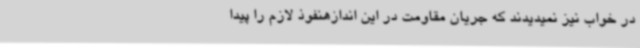
در خواب نیز نمیدیدند که جریان مقاومت در این اندازهنفوذ لازم را پیدا